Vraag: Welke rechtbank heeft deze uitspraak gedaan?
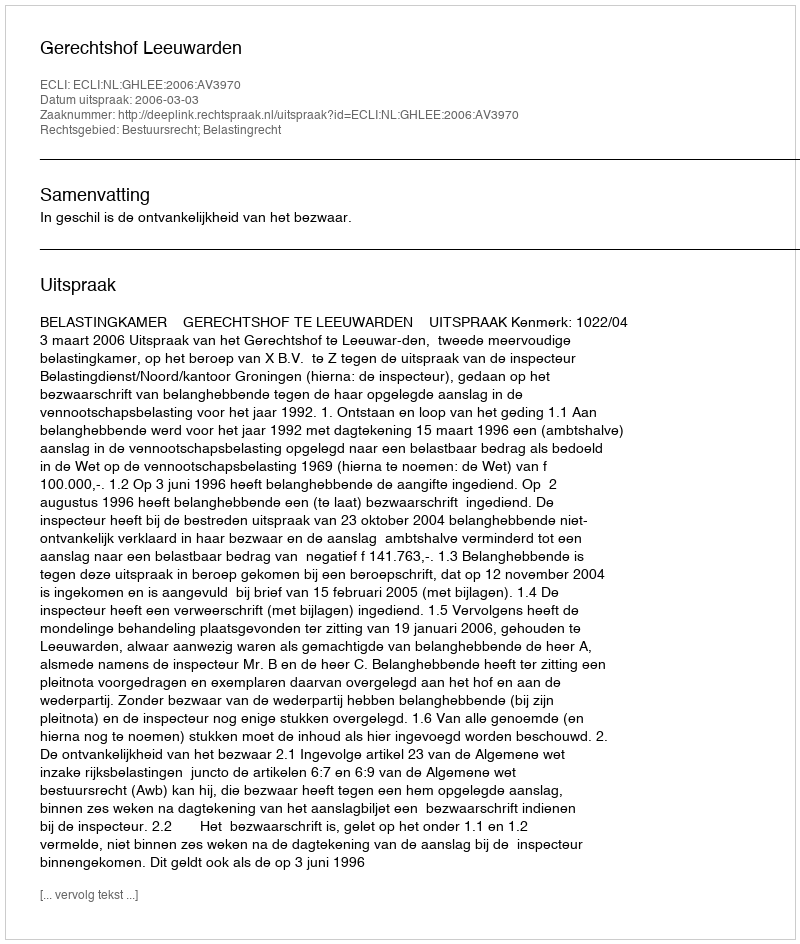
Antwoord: Gerechtshof Leeuwarden